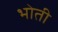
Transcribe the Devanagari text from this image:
भोती